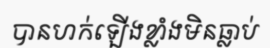
បានហក់ឡើងខ្លាំងមិនធ្លាប់